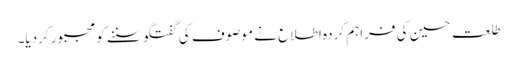
طلعت حسین کی فراہم کردہ اطلاع نے موصوف کی گفتگو سننے کو مجبور کردیا۔